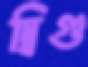
দ্বিগু